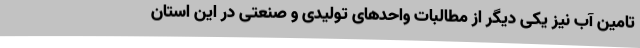
تامین آب نیز یکی دیگر از مطالبات واحدهای تولیدی و صنعتی در این استان